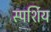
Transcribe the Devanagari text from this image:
स्पर्शिय